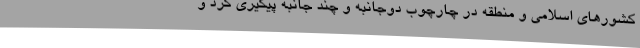
کشورهای اسلامی و منطقه در چارچوب دوجانبه و چند جانبه پیگیری کرد و